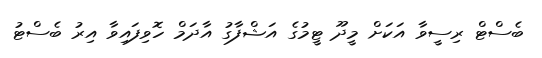
ބެސްޓް ރިސީވާ އަކަށް މީދޫ ޓީމުގެ އަޝްފާގު އާދަމް ހޮވިފައިވާ އިރު ބެސްޓު